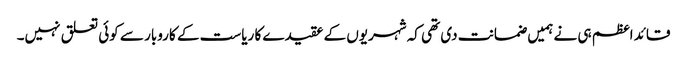
قائد اعظم ہی نے ہمیں ضمانت دی تھی کہ شہریوں کے عقیدے کا ریاست کے کاروبار سے کوئی تعلق نہیں۔